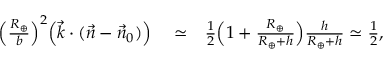
\begin{array} { r l r } { \Big ( \frac { R _ { \oplus } } { b } \Big ) ^ { 2 } \Big ( { \vec { k } } \cdot ( { \vec { n } } - { \vec { n } } _ { 0 } ) \Big ) } & { { } \simeq } & { { \textstyle \frac { 1 } { 2 } } \Big ( 1 + \frac { R _ { \oplus } } { R _ { \oplus } + h } \Big ) \frac { h } { R _ { \oplus } + h } \simeq { \textstyle \frac { 1 } { 2 } } , } \end{array}